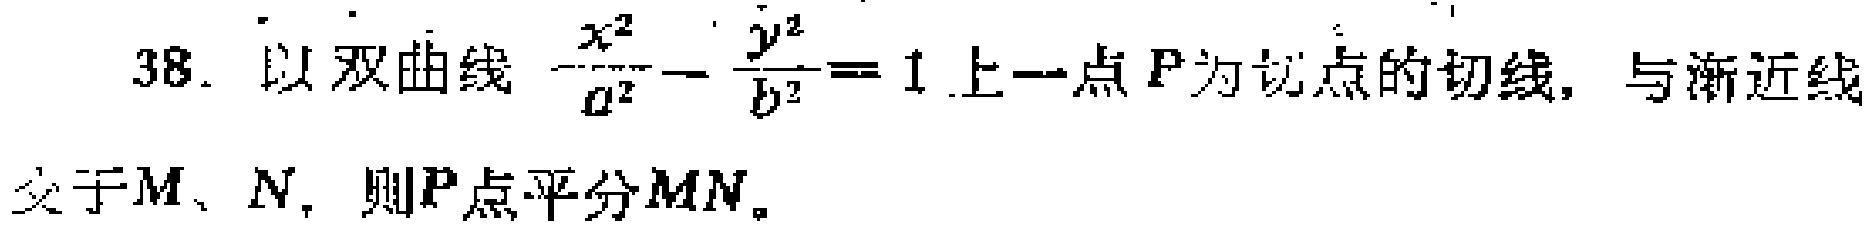
38. 以双曲线$\frac{x^{2}}{a^{2}}-\frac{y^{2}}{b^{2}} = 1$上一点$P$为切点的切线，与渐近线交于$M$、$N$，则$P$点平分$MN$。